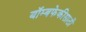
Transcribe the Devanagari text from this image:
बॉम्बफेकीसाठी